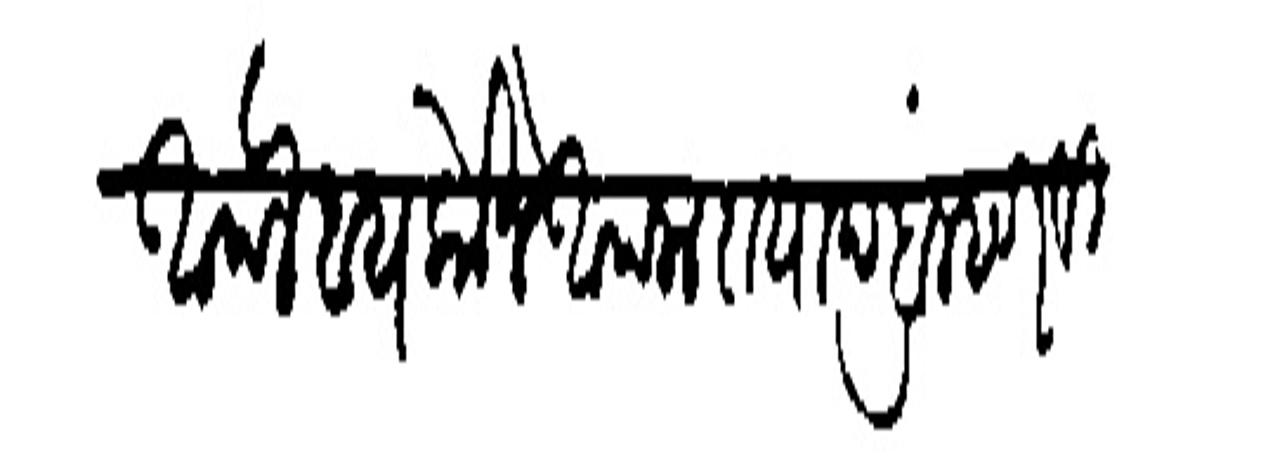
Transliteration (Devanagari): आपले बायकोने आपला दायाद ब्राम्हण विठल